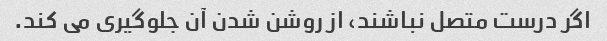
اگر درست متصل نباشند، از روشن شدن آن جلوگیری می کند.